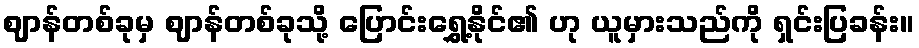
ဈာန်တစ်ခုမှ ဈာန်တစ်ခုသို့ ပြောင်းရွှေ့နိုင်၏ ဟု ယူမှားသည်ကို ရှင်းပြခန်း။